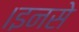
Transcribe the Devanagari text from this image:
।इनसे